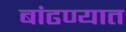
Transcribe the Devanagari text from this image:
बांढण्यात